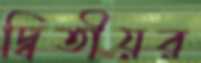
দ্বিতীয়র